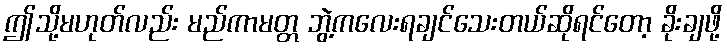
ဤသို့မဟုတ်လည်း မည်ကာမတ္တ ဘွဲ့ကလေးရချင်သေးတယ်ဆိုရင်တော့ ခိုးချဖို့